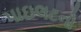
પાઇલટનો